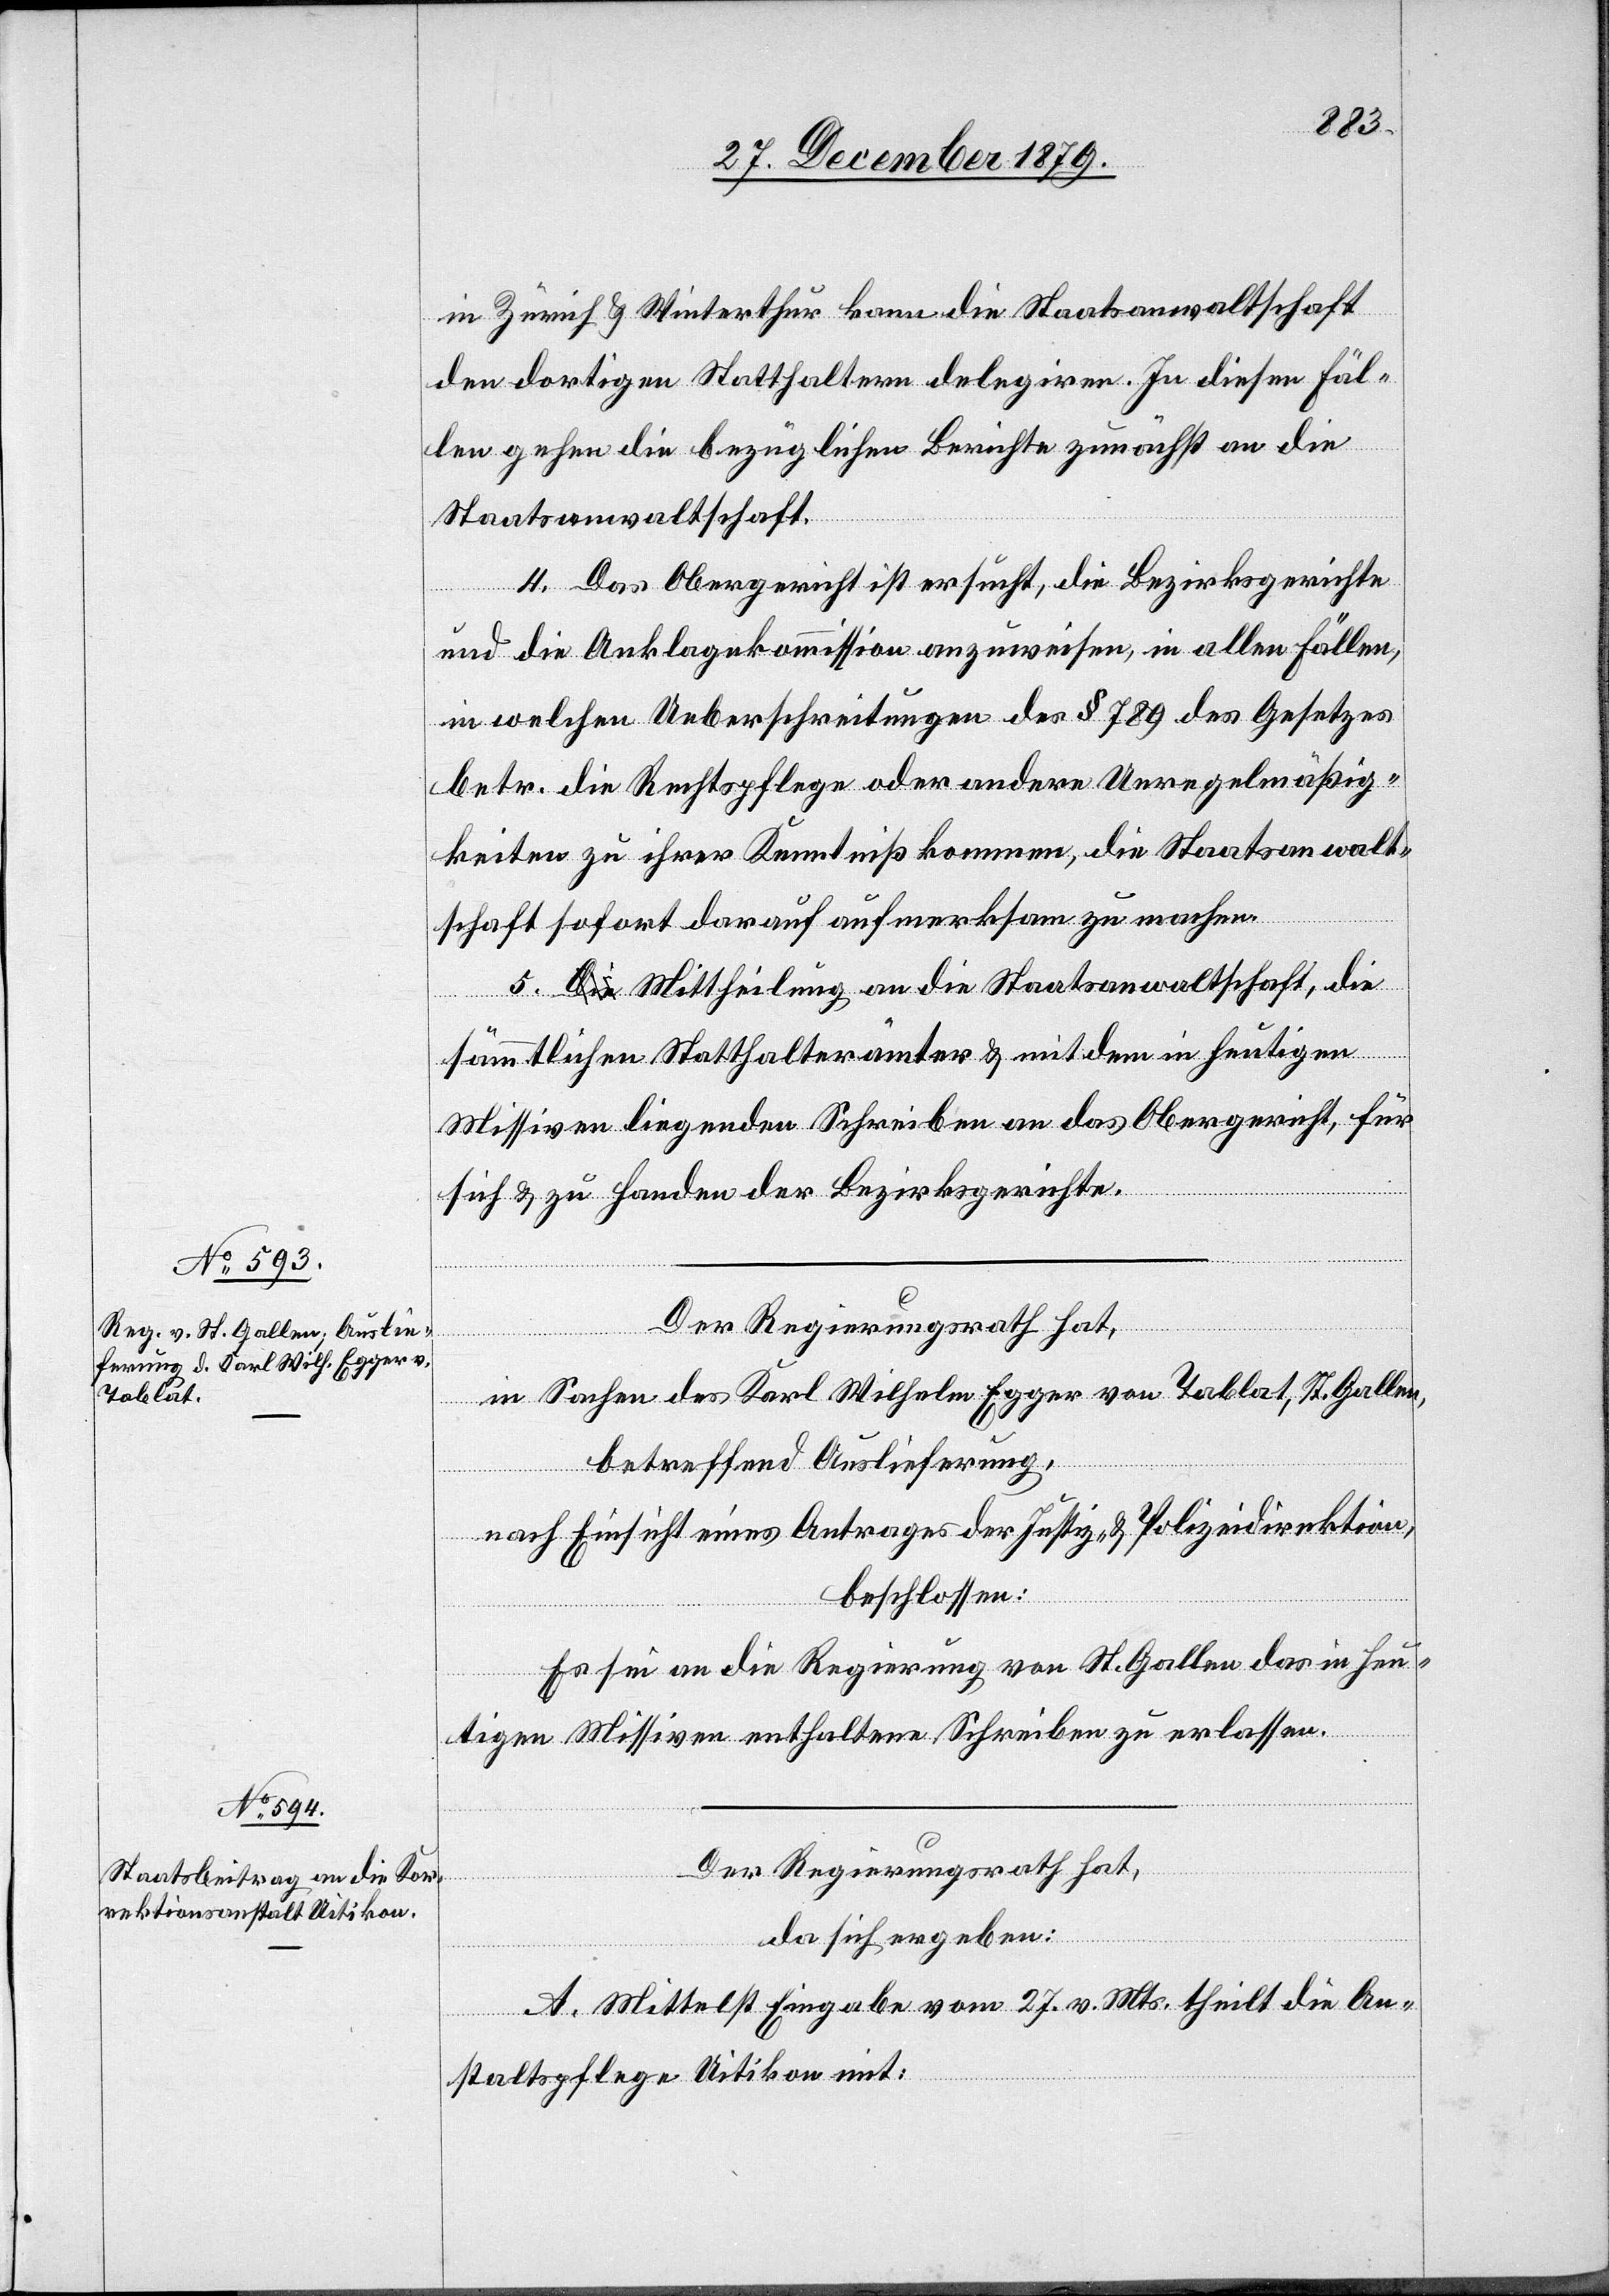
in Zürich & Winterthur kann die Staatsanwaltschaft
den dortigen Statthaltern delegiren. In diesen Fäl¬
len gehen die bezüglichen Berichte zunächst an die
Staatsanwaltschaft.
4. Das Obergericht ist ersucht, die Bezirksgerichte
und die Anklagekommission anzuweisen, in allen Fällen,
in welchen Ueberschreitungen des § 789 des Gesetzes
betr. die Rechtspflege oder andere Unregelmäßig¬
keiten zu ihrer Kenntniß kommen, die Staatsanwalt¬
schaft sofort darauf aufmerksam zu machen.
5. Mittheilung an die Staatsanwaltschaft, die
sämmtlichen Statthalterämter & mit dem in heutigen
Missiven liegenden Schreiben an das Obergericht, für
sich & zu Handen der Bezirksgerichte.
Der Regierungsrath hat,
in Sachen des Karl Wilhelm Egger von Tablat, St. Gallen,
betreffend Auslieferung,
nach Einsicht eines Antrages der Justiz- & Polizeidirektion,
beschlossen:
Es sei an die Regierung von St. Gallen das in heu¬
tigen Missiven enthaltene Schreiben zu erlassen.
Der Regierungsrath hat,
da sich ergeben:
A. Mittelst Eingabe vom 27. v. Mts. theilt die An¬
staltspflege Uitikon mit: